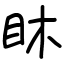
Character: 𥄢